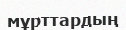
мұрттардың